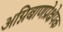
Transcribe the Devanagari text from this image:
अग्निबाणप्रेक्षेपक